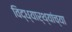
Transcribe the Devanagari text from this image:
विद्ध्यार्थ्यांच्या